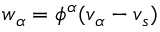
\boldsymbol { w } _ { \alpha } = \phi ^ { \alpha } ( \boldsymbol { v } _ { \alpha } - \boldsymbol { v } _ { s } )